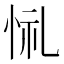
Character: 𢙔